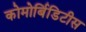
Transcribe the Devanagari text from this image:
कोमोर्बिडिटीस